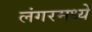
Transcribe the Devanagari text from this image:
लंगरमध्ये